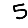
Digit: 5